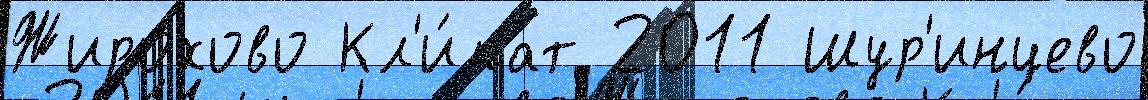
Жирохово Кл'и́мат 2011 Шур'инцево